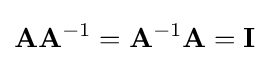
\mathbf {A} \mathbf {A} ^{-1}=\mathbf {A} ^{-1}\mathbf {A} =\mathbf {I}